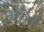
મૉત